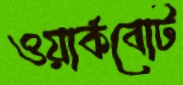
ওয়ার্কবোট